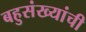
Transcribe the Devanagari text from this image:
बहुसंख्यांची